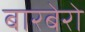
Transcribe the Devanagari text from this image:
बारबेरो